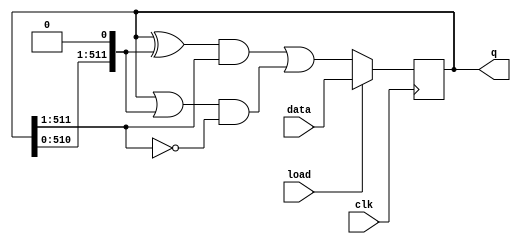
module top_module(
input clk,
input load,
input [511:0] data,
output [511:0] q
);
	always @(posedge clk) begin
		if (load) begin
			q <= data;
		end
		else begin
			q <= (((q[511:0] ^ {q[510:0], 1'b0}) & q[511:1]) | ((q[511:0] | {q[510:0], 1'b0}) & (~q[511:1])));
		end
	end
endmodule
module top_module(
    input clk,
    input load,
    input [511:0] data,
    output [511:0] q
); 
    always @(posedge clk) begin
        if(load) q <= data;
        else q <= (q << 1) & ~(q >> 1) | q & ~(q << 1) | (q << 1) & (q >> 1) & ~q; //注意分清楚左右 Left是右移，Right是左移 可画图理解
    end

endmodule